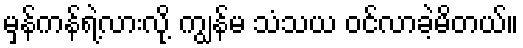
မှန်ကန်ရဲ့လားလို့ ကျွန်မ သံသယ ဝင်လာခဲ့မိတယ်။